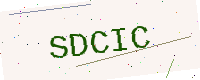
Text: SDCIC